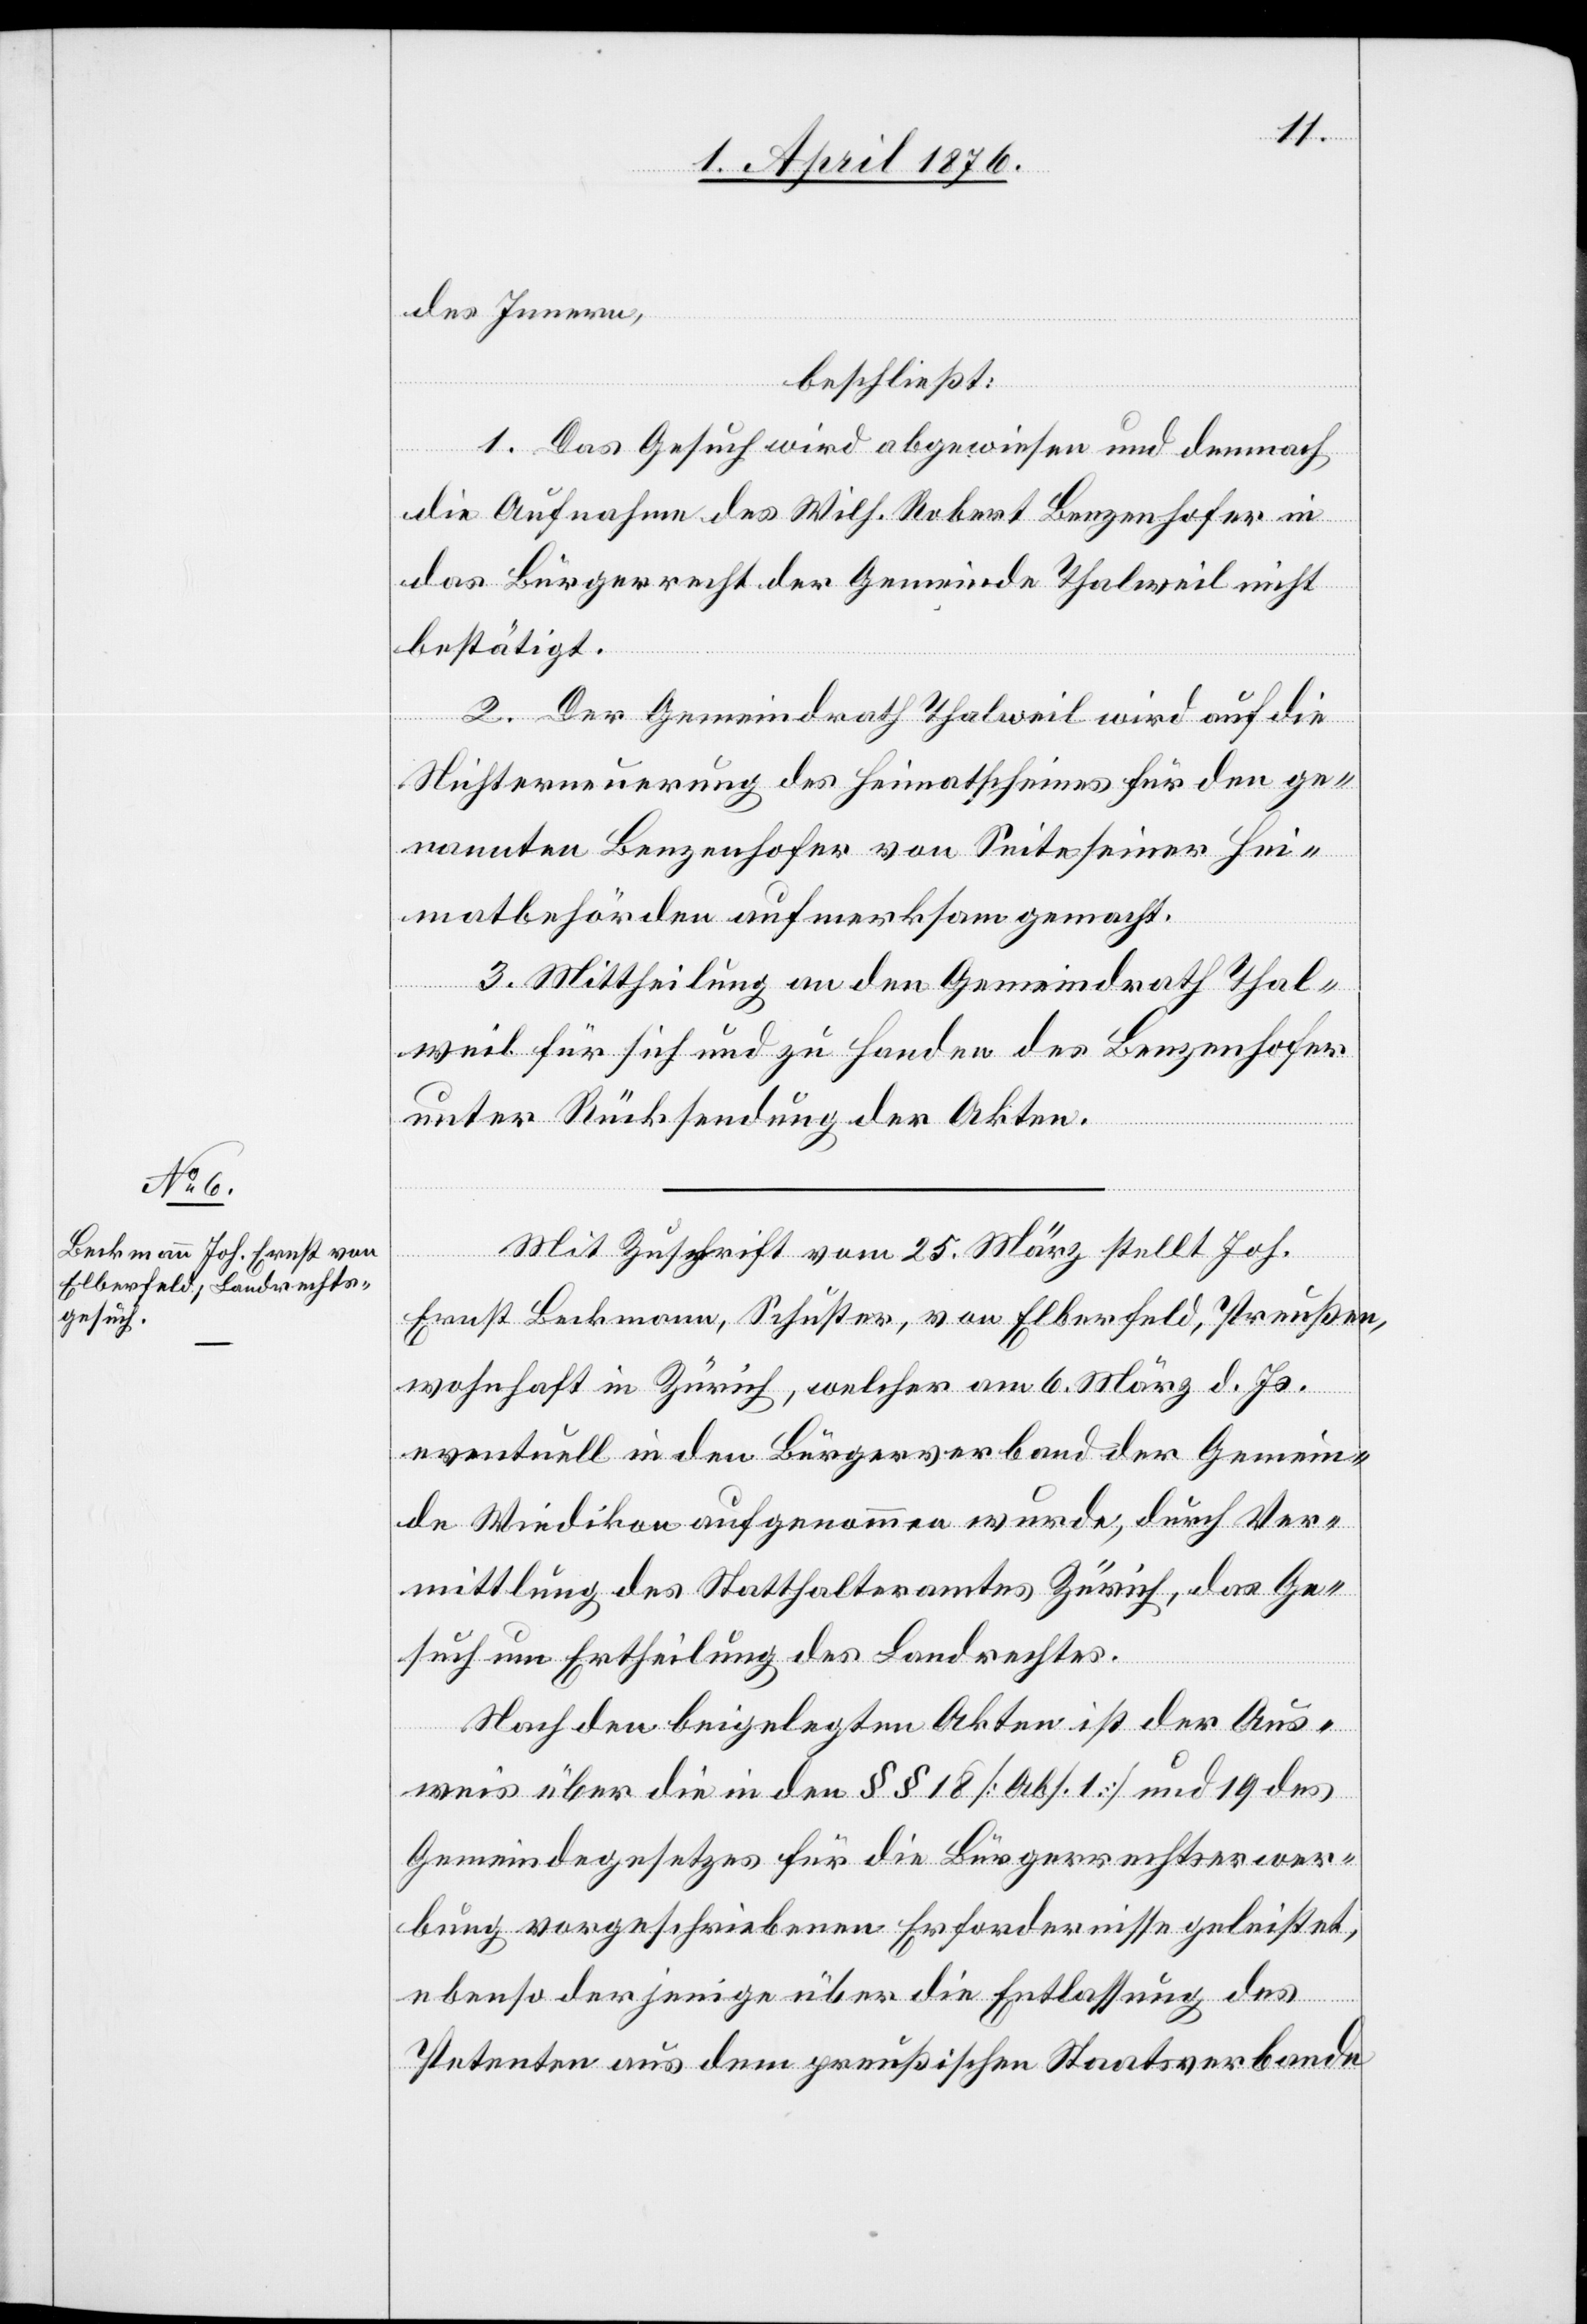
des Innern,
beschließt:
1. Das Gesuch wird abgewiesen und demnach
die Aufnahme des Wilh. Robert Benzenhofer in
das Bürgerrecht der Gemeinde Thalweil nicht
bestätigt.
2. Der Gemeindrath Thalweil wird auf die
Nichterneuerung des Heimatscheines für den ge¬
nannten Benzenhofer von Seite seiner Hei¬
matbehörden aufmerksam gemacht.
3. Mittheilung an den Gemeindrath Thal¬
weil für sich und zu Handen des Benzenhofer
unter Rückstellung der Akten.